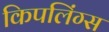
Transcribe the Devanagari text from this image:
किपलिंग्स